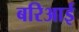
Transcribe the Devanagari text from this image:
बरिआई